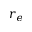
r _ { e }